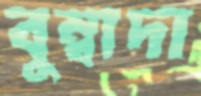
বুম্বাদা